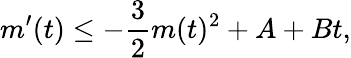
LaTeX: m^{\prime}(t)\leq-\frac{3}{2}m(t)^{2}+A+Bt,